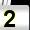
Digit: 2